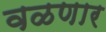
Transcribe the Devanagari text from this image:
वळणार